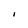
Character: I